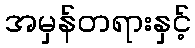
အမှန်တရားနှင့်